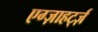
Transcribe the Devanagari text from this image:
एग्ज़ाहर्ट्ज़